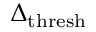
\Delta _ { \mathrm { t h r e s h } }